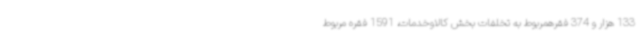
133 هزار و 374 فقرهمربوط به تخلفات بخش کالاوخدمات، 1591 فقره مربوط